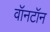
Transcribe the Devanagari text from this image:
वॉनटॉन